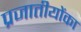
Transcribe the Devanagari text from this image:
प्रजातीयोंका